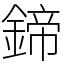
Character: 鍗